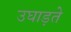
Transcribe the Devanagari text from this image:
उघाड़ते